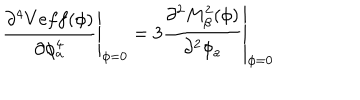
LaTeX: \left. \frac { \partial ^ { 4 } V e f f ( \phi ) } { \partial \phi _ { a } ^ { 4 } } \right| _ { \phi = 0 } = \left. 3 \frac { \partial ^ { 2 } M _ { \beta } ^ { 2 } ( \phi ) } { \partial ^ { 2 } \phi _ { a } } \right| _ { \phi = 0 }